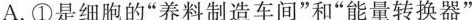
A.①是细胞的”养料制造车间”和”能量转换器”